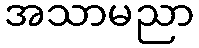
အသာမညာ